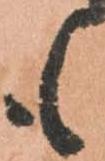
も